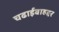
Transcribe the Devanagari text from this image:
चढाईबाहद्दर